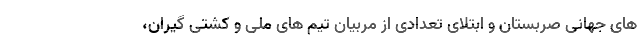
های جهانی صربستان و ابتلای تعدادی از مربیان تیم های ملی و کشتی گیران،